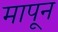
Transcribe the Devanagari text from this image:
मापून